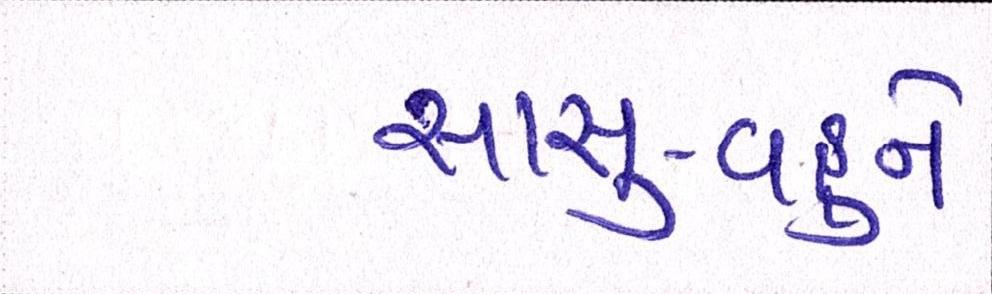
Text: સાસુ-વહુને